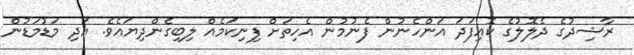
ރާޝިދުގެ ދެލޮލުގެ ކޮއިފަދަ އަންހެނުން ފެނުމުން އެހިތަށް ފިނިކަމެއް ލިބިގެންދިޔައެވެ. އަދި މަޑުމަޑުން